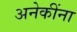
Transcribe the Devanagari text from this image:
अनेकींना